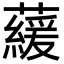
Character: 藧